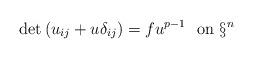
LaTeX: \begin{align*}\det\,(u_{ij}+u\delta_{ij})=f u^{p-1} \ \mbox{ on }\S^n\end{align*}